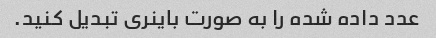
عدد داده شده را به صورت باینری تبدیل کنید.